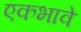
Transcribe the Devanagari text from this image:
एकभावे